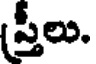
(స్త్రీలు.